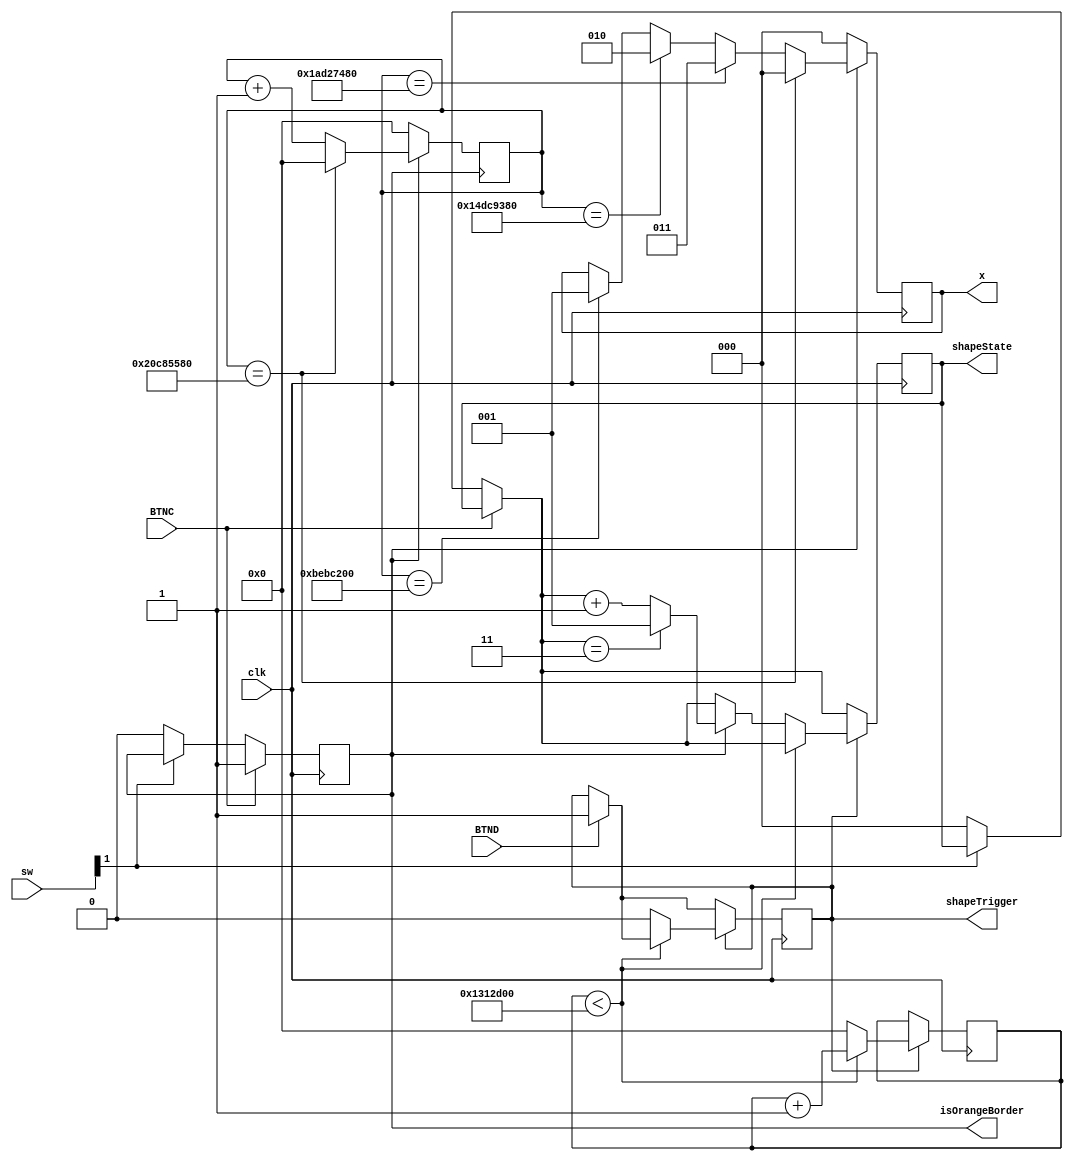
`timescale 1ns / 1ps
//////////////////////////////////////////////////////////////////////////////////
// Company: 
// Engineer: 
// 
// Design Name: 
// Module Name: subtask_4pA3_timer
// Project Name: 
// Target Devices: 
// Tool Versions: 
// Description: 
// 
// Dependencies: 
// 
// Revision:
// Revision 0.01 - File Created
// Additional Comments:
// 
//////////////////////////////////////////////////////////////////////////////////


module subtask_4pA3_timer(
    input clk,
    input [15:0] sw,
    input BTNC,
    input BTND,
    output reg [2:0] x,
    output reg shapeTrigger = 0,
    output reg [2:0] shapeState = 0, //0 - no shape, 1:3 - different shapes
    output reg isOrangeBorder = 0
    );
    
    reg [31:0] count1 = 0;
    reg [31:0] count2 = 0;
    reg [31:0] debouncer_count = 0;
    
    always@ (posedge clk)
    begin

    
        if (BTNC == 1)
            isOrangeBorder <= 1;
        else if (sw[1] == 0) //reset if sw turns off
        begin
            isOrangeBorder <= 0;
            shapeState = 0;
        end
        
        if (isOrangeBorder == 1) //counter for green borders to appear
         begin
            count1 <= (count1 == 550000000) ? 0 : count1 + 1;
            if (count1 == 200000000)
                x <= 1;
            if (count1 == 350000000)
                x <= 2;
            if (count1 == 450000000)
                x <= 3;
            if (count1 == 550000000)
                x <= 0;
        end else
        begin
            count1 <= 0;
            x <= 0;
        end
        
        //when down button is pressed, change shape
        if (BTND)
        begin
            shapeTrigger <= 1;     
        end
            
        
        if (shapeTrigger == 1)
        begin
            if (debouncer_count < 20000000)
            begin
                debouncer_count <= debouncer_count + 1;
            end else
            begin
                debouncer_count <= 0;
                shapeTrigger <= 0;
                if (isOrangeBorder == 1)
                    shapeState <= (shapeState == 3) ? 1 : shapeState + 1;
            end
        end
        
    end


endmodule